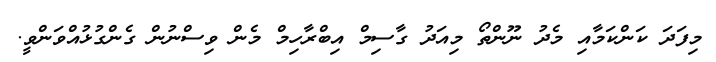
މިފަދަ ކަންކަމާއި މެދު ނޫންތޯ މިއަދު ގާސިމް އިބްރާހިމް މެން ވިސްނުން ގެންގުޅުއްވަންވީ.